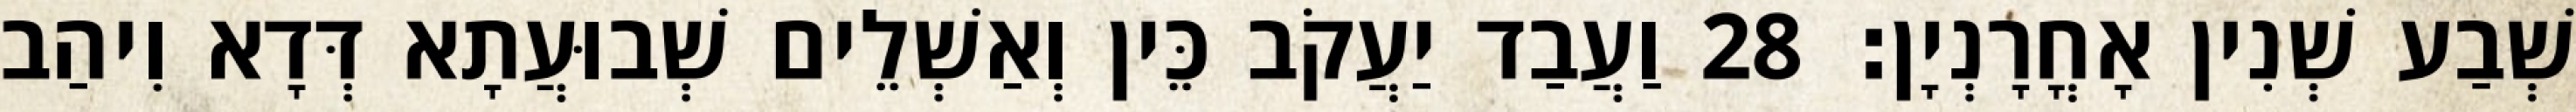
שְׁבַע שְׁנִין אָחֳרָנְיָן׃ 28 וַעֲבַד יַעֲקֹב כֵּין וְאַשְׁלֵים שְׁבוּעֲתָא דְּדָא וִיהַב